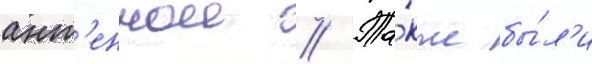
ант'еннои // Та́кже бы́л'и